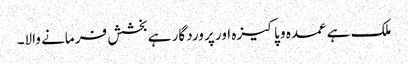
ملک ہے عمدہ و پاکیزہ اور پر وردگار ہے بخشش فر مانے والا۔